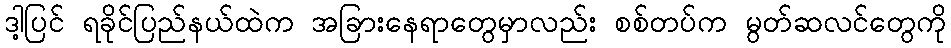
ဒါ့ပြင် ရခိုင်ပြည်နယ်ထဲက အခြားနေရာတွေမှာလည်း စစ်တပ်က မွတ်ဆလင်တွေကို